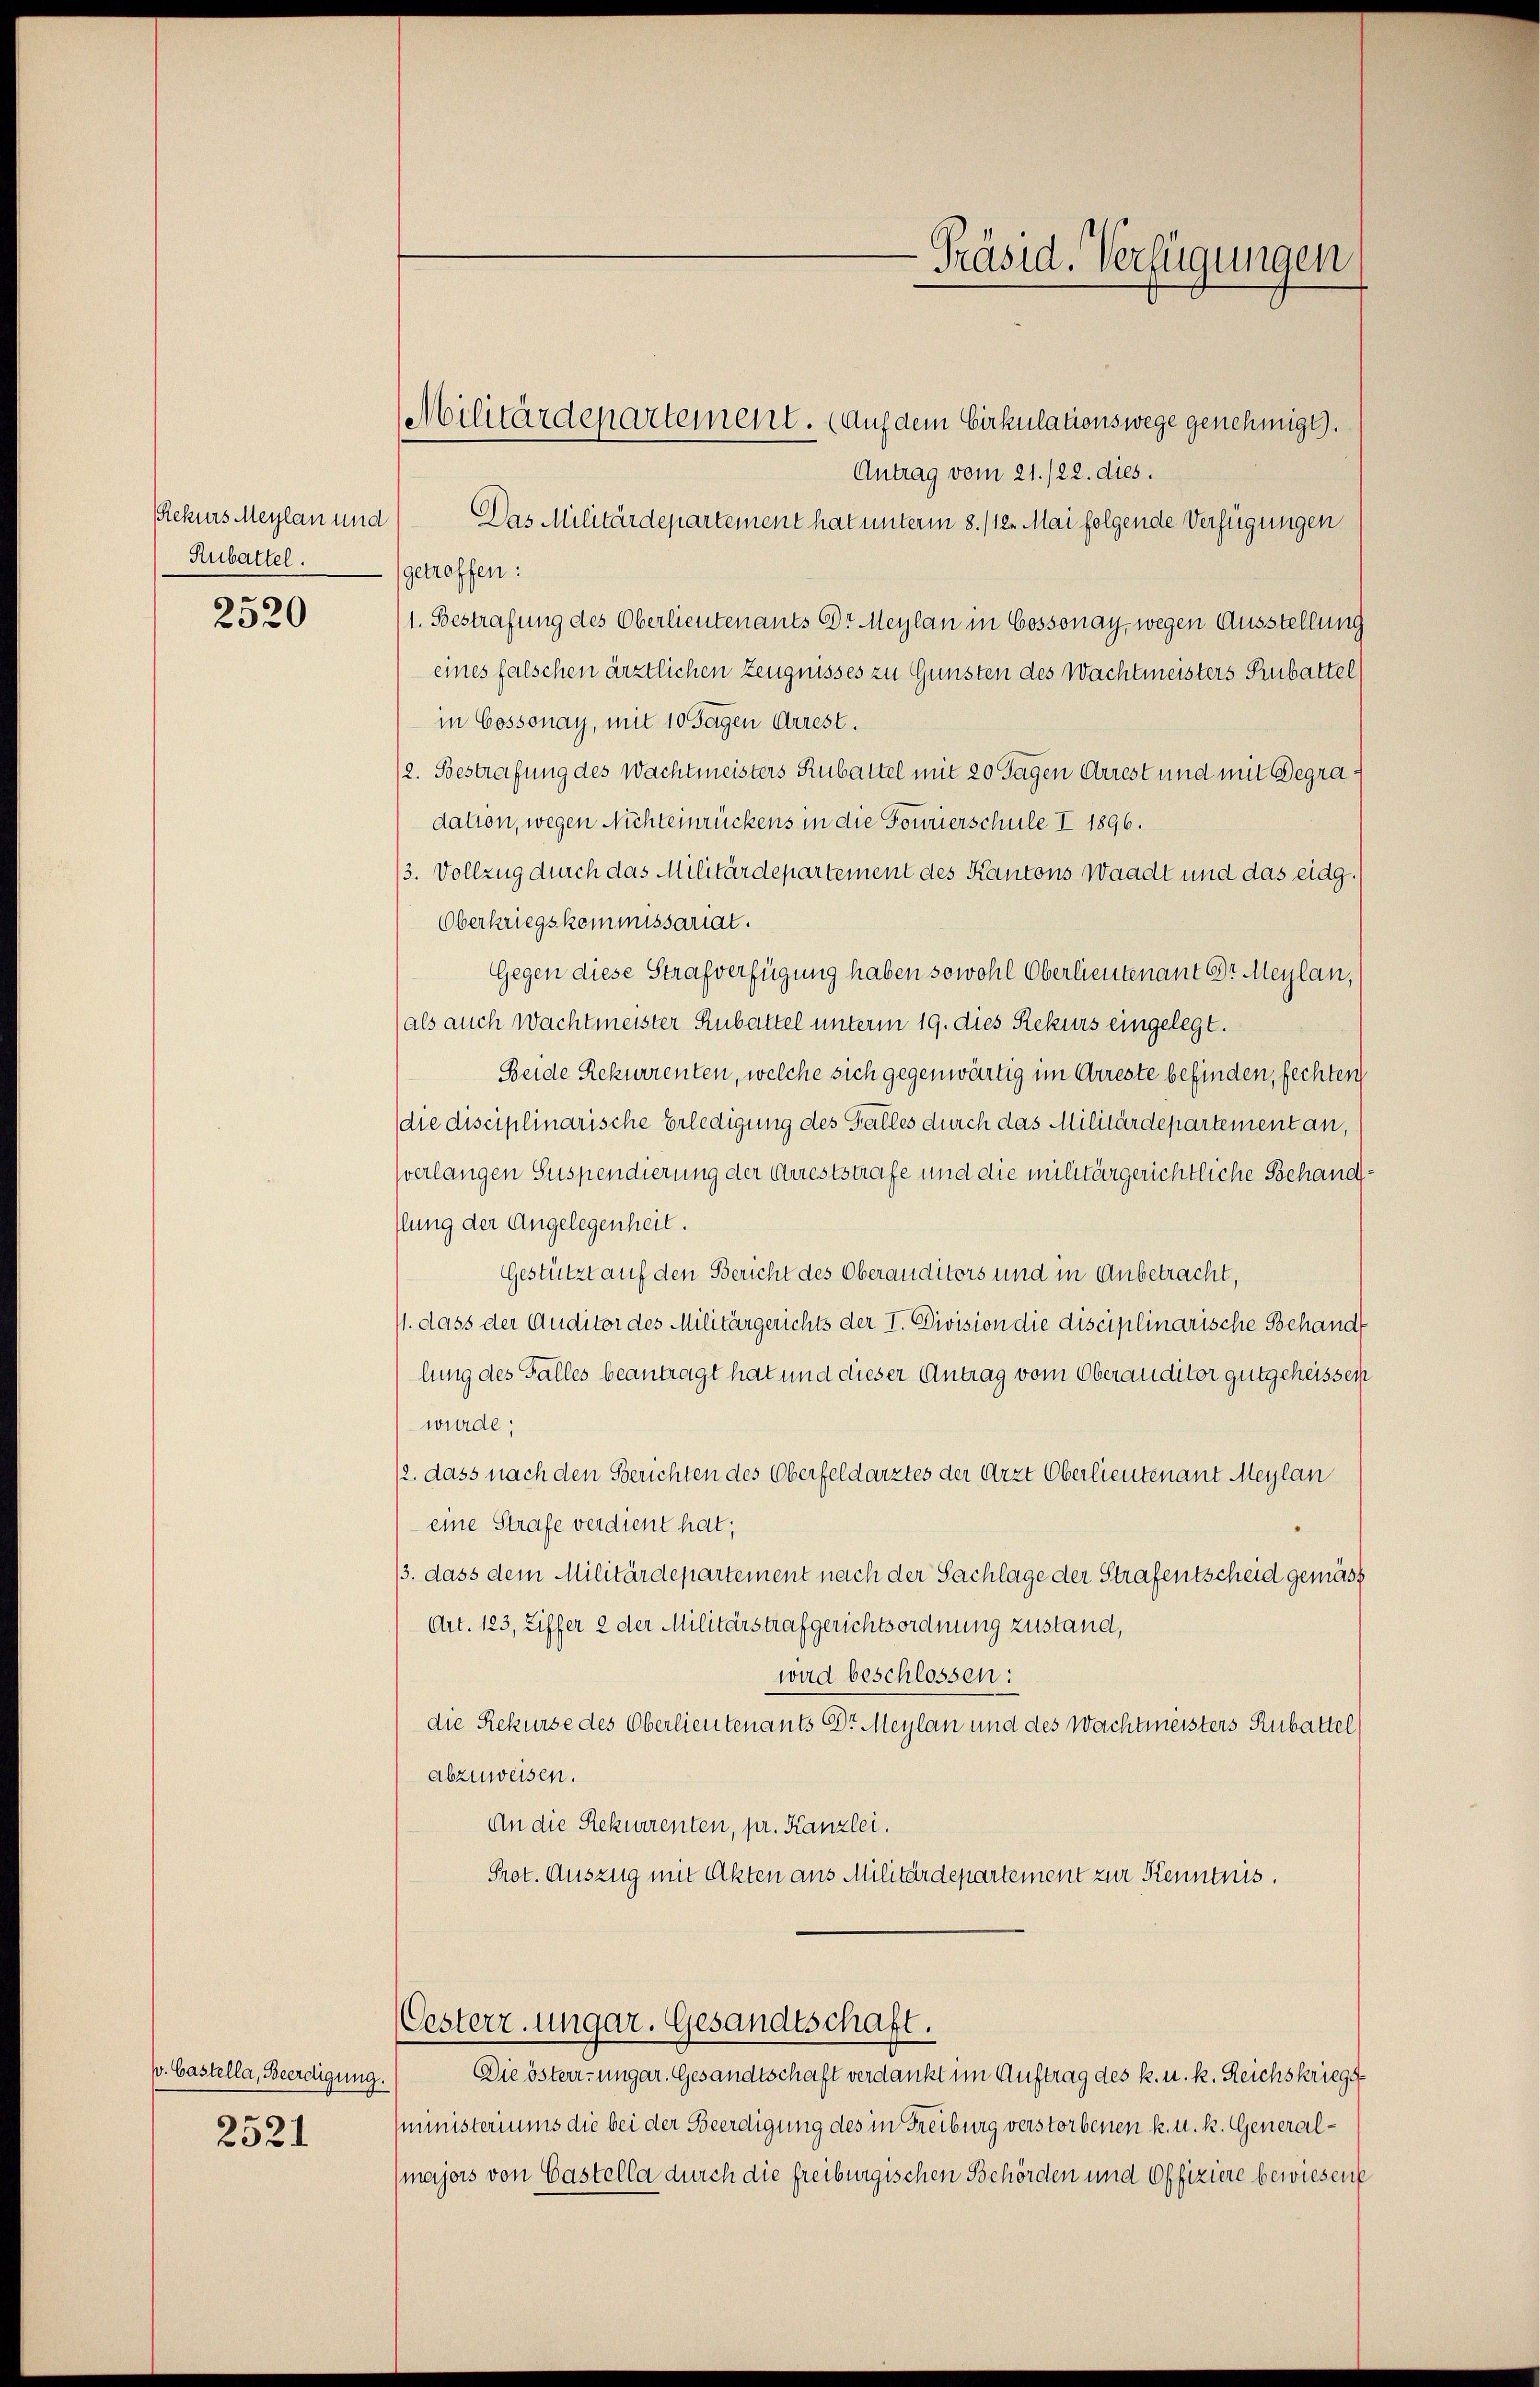
Rekurs Meylan und
Rubattel.
2520

p. Castella, Beerdigung.
2521

Militärdepartement. (Auf dem Cirkulationswege genehmigt.
Antrag vom 21./22. dies.
Das Militärdepartement hat unterm 8. /12. Mai folgende Verfügungen
getreffen:
1. Bestrafung des Oberlieutenants Dr. Meylan in Cossonay, wegen Ausstellung
eines falschen ärztlichen Zeugnisses zu Gunsten des Wachtmeisters Rubattel
in Cossonay, mit 10 Tagen Arrest.
/2. Bestrafung des Wachtmeisters Rubattel mit 20 Tagen Arrest und mit Begradation, wegen Nichteinrückens in die Fourierschule I 1896.
/3. Vollzug durch das Militärdepartement des Kantons Waadt und das eidg.
Oberkriegskommissariat.
Gegen diese Strafverfügung haben sowohl Oberlieutenant Dr. Maylan,
als auch wachtmeister Rubattel unterm 19. dies Rekurs eingelegt.
Beide Rekurrenten, welche sich gegenwärtig im Arreste befinden, fechten
die disciplinarische Erledigung des Falles durch das Militärdepartement an,
verlangen Suspendierung der Arreststrafe und die militärgerichtliche Behandflung der Angelegenheit.
Gestützt auf den Bericht des Oberanditors und in Anbetracht,
11. dass der Auditor des Militärgerichts der I. Division die disciplinarische Behand
lung des Falles beantragt hat und dieser Antrag vom Oberauditor gutgeheissen
wurde;
/2. dass nach den Berichten des Oberfeldarztes der Arzt Oberlieutenant Meylan
eine Strafe verdient hat;
13. dass dem Militärdepartement nach der Sachlage der Strafentscheid gemäss
Art. 123, Ziffer 2 der Militärstrafgerichtsordnung zustand,
wird beschlossen:
die Rekurse des Oberlieutenants Dr. Meylan und des Wachtmeisters Rubattel
abzuweisen.
An die Rekurrenten, pr. Kanzlei.
Prot. Auszug mit Akten aus Militärdepartement zur Kenntnis.
Oesterz. ungar. Gesandtschaft.
Die österi-ungar. Gesandtschaft verdankt im Auftrag des k. u. k. Reichskriegs
ministeriums die bei der Beerdigung des in Freiburg verstorbenen k. u. k. Generalmajors von Castella durch die freiburgischen Behörden und Offiziere bewiesene

Präsid. Verfügungen